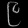
Digit: ၉